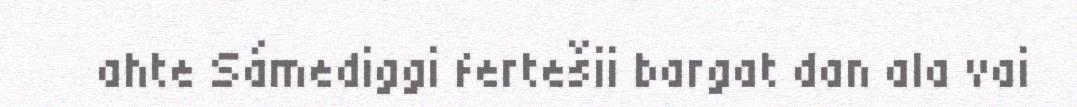
ahte Sámediggi fertešii bargat dan ala vai